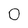
Character: 0